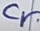
Text: Cr